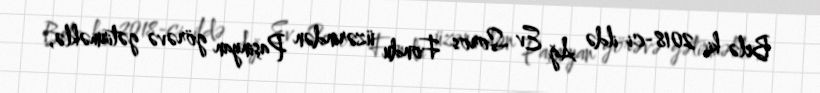
Belə ki, 2018-ci ildə Ağ Ev Soros Fondu üzərindən Paşinyan görəvə gətirməklə,